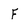
Character: f